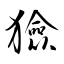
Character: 獫